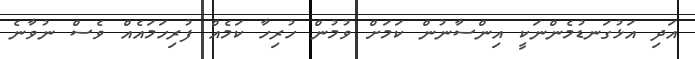
އަދި އަޅުގަނޑުމެންނަކީ އިންސާނުން ކަމަށް ވުމުން ހުރިހާ ކަމެއް ފުރިހަމައެއް ވެސް ނުވާނެ